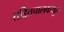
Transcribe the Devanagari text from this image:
तड़ितचालकयुक्त